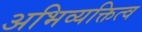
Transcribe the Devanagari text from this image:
अभिव्यक्तित्व